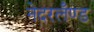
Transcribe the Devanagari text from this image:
नेदरलँण्ड